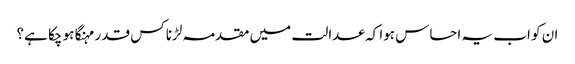
ان کو اب یہ احساس ہوا کہ عدالت میں مقدمہ لڑنا کس قدر مہنگا ہو چکا ہے؟